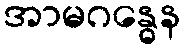
အာမဂန္ဓေန